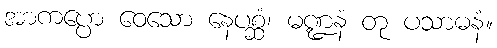
အာကပ္ပော ဝေသော နေပစ္ဆံ၊ မဏ္ဍနံ တု ပသာဓနံ။